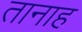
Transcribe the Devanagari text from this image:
तानाह